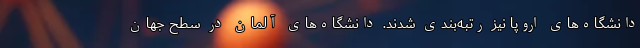
دانشگاه‌های اروپا نیز رتبه‌بندی شدند. دانشگاه‌های آلمان در سطح جهان